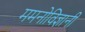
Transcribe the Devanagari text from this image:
ममनोविज्ञानी